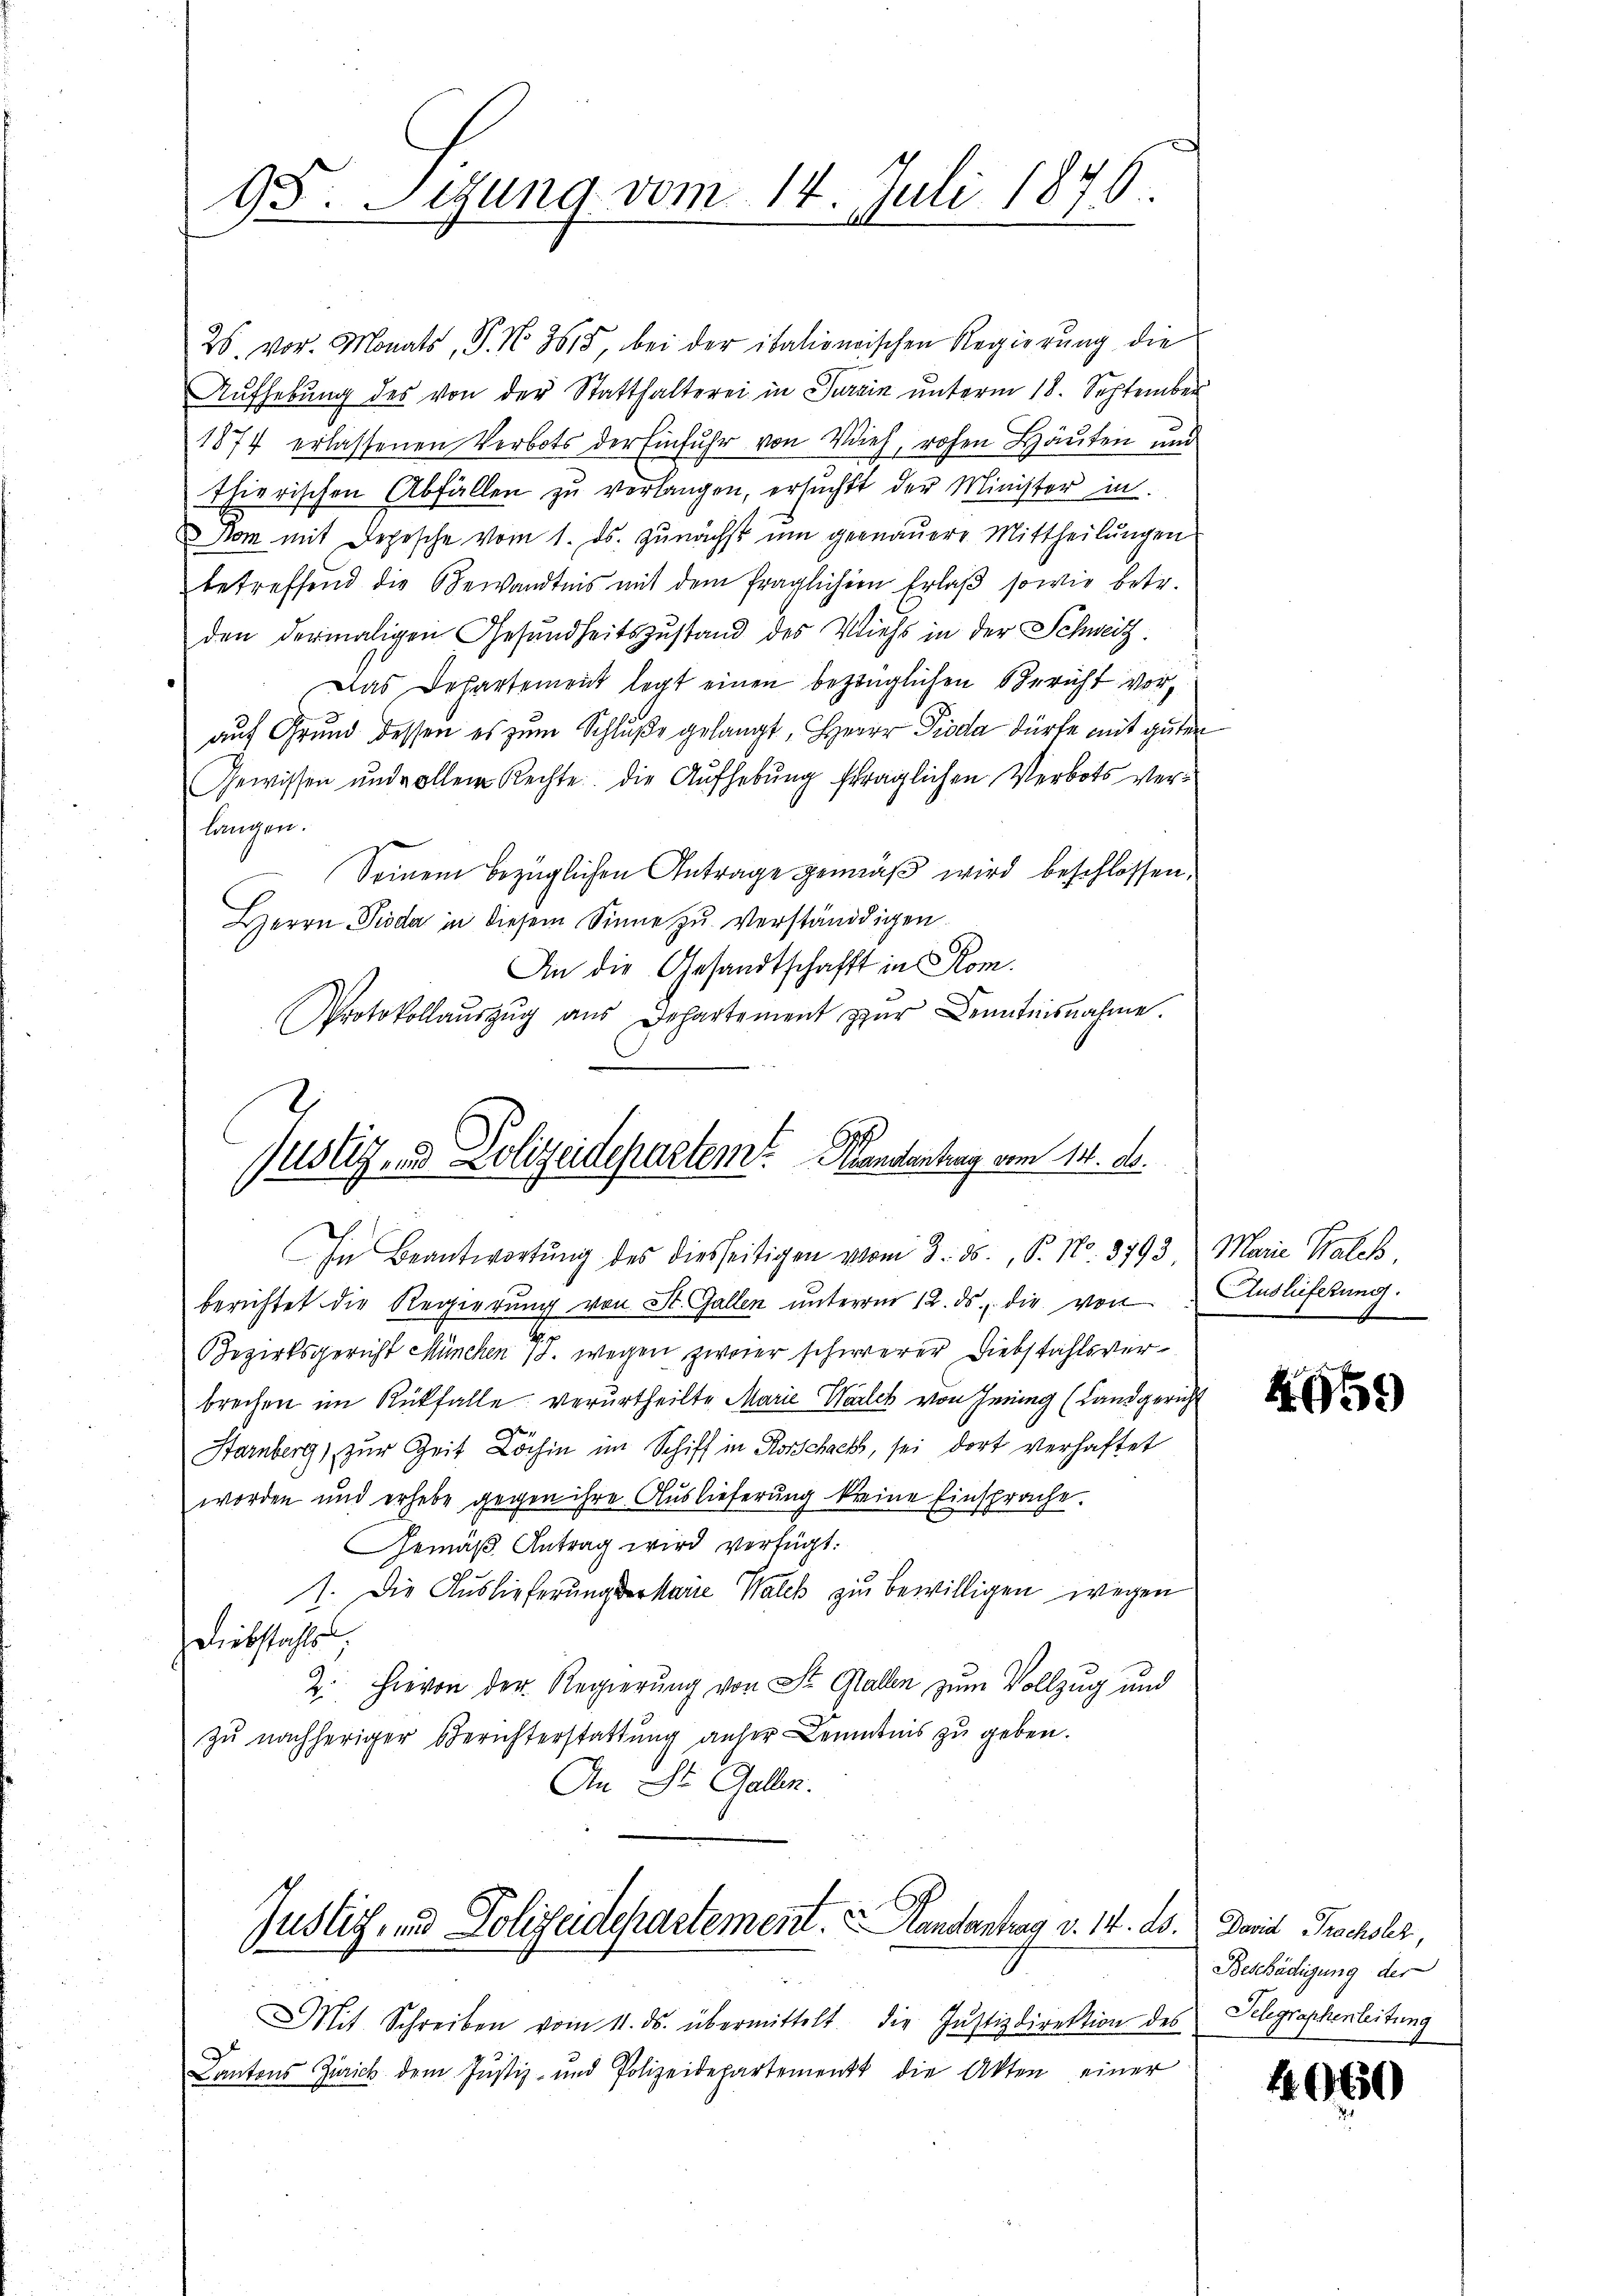
98. Sigung vom 14. Juli 1876.

26. vor. Monats, P. N. 3615, bei der italionischen Regierung die
Aufhebung des von der Statthalterei in Jurain unterm 18. September
1874 erlassenen Verbots der Einfuhr von Vieh, rohen Häŭten und
Thierischen Abfällen zŭ verlangen, ersŭcht der Minister in
om mit Depesche vom 1. ds. Zunächst um genauere Mittheilungen
betreffend die Bewandtnis mit dem fraglichen Erlaβ sowie betr.
den dermaligen Gesundheitszustand des Viehs in der Schweiz.
Das Departement legt einen bezüglichen Bericht vor,
auf Grund dessen es zum Schluße gelangt, Herrn Pioda dürfe mit guten
Gewissen und vollen Rechte. Die Aufhebung fraglichen Verbots verlangen.
Seinem bezüglichen Antrage gemäß wird beschlossen,
HHerrn Pioda in diesem Sinne zu verständigen
An die Gesandtschafft in Rom.
Protokollaŭszŭg aŭs Departement zŭr Kenntnisnahme.
Justiz- & Polizeidepartem Handenburg vom 14. ds.

In Beantwortung des diesseitigen vom 3. ds., S. No. 3793, Marie Walch
berichtet die Regierŭng von St. Gallen ŭnterm 12. ds. die von Auslieferung.
Bezirksgericht München 7. wegen zweier schwerer Diebstahlsverbrechen im Rückfalle verurtheilte Marie Walch von Jening (Landgericht
Starnberg, zur Zeit Löchin im Schiff in Rorschach, sei dort verhaftet
worden und erhebe gegen ihre Auslieferung keine Einsprache.
Gemäß Antrag wird verfügt:
1. Die Auslieferung der Marie Walck zu bewilligen wegen
Diebstahls,
2. Hievon der Regierung von St. Gallen zum Vollzug und
zu nachheriger Berichterstattung anher Kenntnis zu geben.
An St. Gallen.
Justiz, und Polizeidepartement. Handantrag v. 14. ds. David Trachsler,
Mit Schreiben vom 11. ds. übermittelt die Justizdirektion des Telegraphenleitung
Cantons Zürich dem Justiz- und Polizeidepartement die Akten einer

499

Beschädigung der

10650